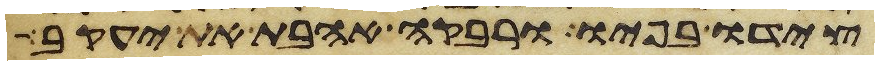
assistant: צידו בפיו ורבקה אהבת את יעקב